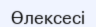
Өлексесі